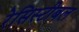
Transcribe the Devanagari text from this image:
रेसिस्टीबल